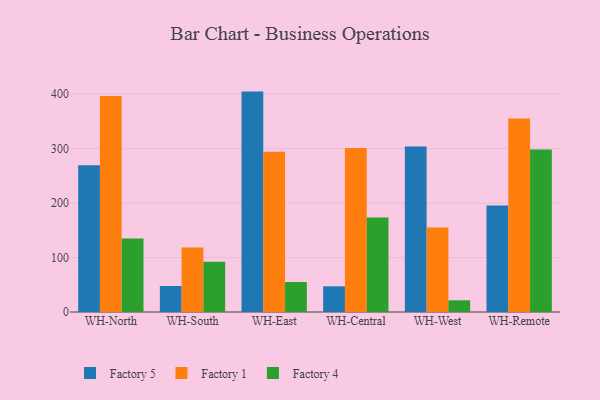
{"axis": {"x": "Warehouse", "y": "Market Share (%)"}, "legend": ["Factory 1", "Factory 4", "Factory 5"], "data": [{"x": "WH-North", "y": 269.4, "type": "Factory 5"}, {"x": "WH-North", "y": 396.8, "type": "Factory 1"}, {"x": "WH-North", "y": 135.0, "type": "Factory 4"}, {"x": "WH-South", "y": 47.7, "type": "Factory 5"}, {"x": "WH-South", "y": 118.5, "type": "Factory 1"}, {"x": "WH-South", "y": 92.4, "type": "Factory 4"}, {"x": "WH-East", "y": 404.7, "type": "Factory 5"}, {"x": "WH-East", "y": 294.3, "type": "Factory 1"}, {"x": "WH-East", "y": 55.0, "type": "Factory 4"}, {"x": "WH-Central", "y": 47.2, "type": "Factory 5"}, {"x": "WH-Central", "y": 301.3, "type": "Factory 1"}, {"x": "WH-Central", "y": 173.7, "type": "Factory 4"}, {"x": "WH-West", "y": 304.1, "type": "Factory 5"}, {"x": "WH-West", "y": 155.1, "type": "Factory 1"}, {"x": "WH-West", "y": 21.5, "type": "Factory 4"}, {"x": "WH-Remote", "y": 195.6, "type": "Factory 5"}, {"x": "WH-Remote", "y": 355.1, "type": "Factory 1"}, {"x": "WH-Remote", "y": 298.5, "type": "Factory 4"}]}